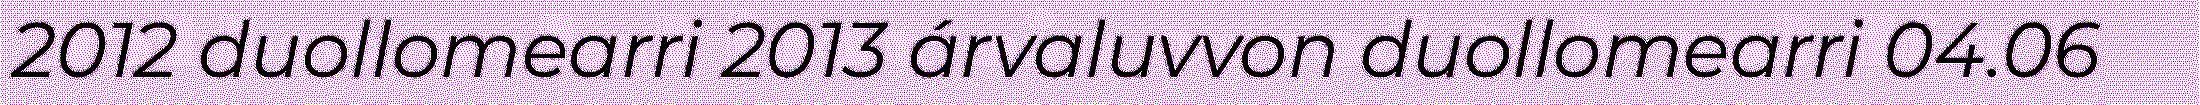
2012 duollomearri 2013 árvaluvvon duollomearri 04.06